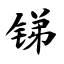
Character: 锑